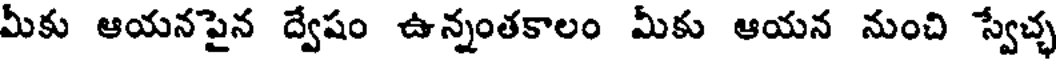
మీకు ఆయనపైన ద్వేషం ఉన్నంతకాలం మీకు ఆయన నుంచి స్వేచ్చ